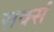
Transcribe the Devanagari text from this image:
सर्क्स